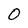
Character: O